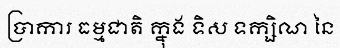
ប្រាការ ធម្មជាតិ ក្នុង ទិស ទក្សិណ នៃ